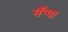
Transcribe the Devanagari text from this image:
मॅप्पा